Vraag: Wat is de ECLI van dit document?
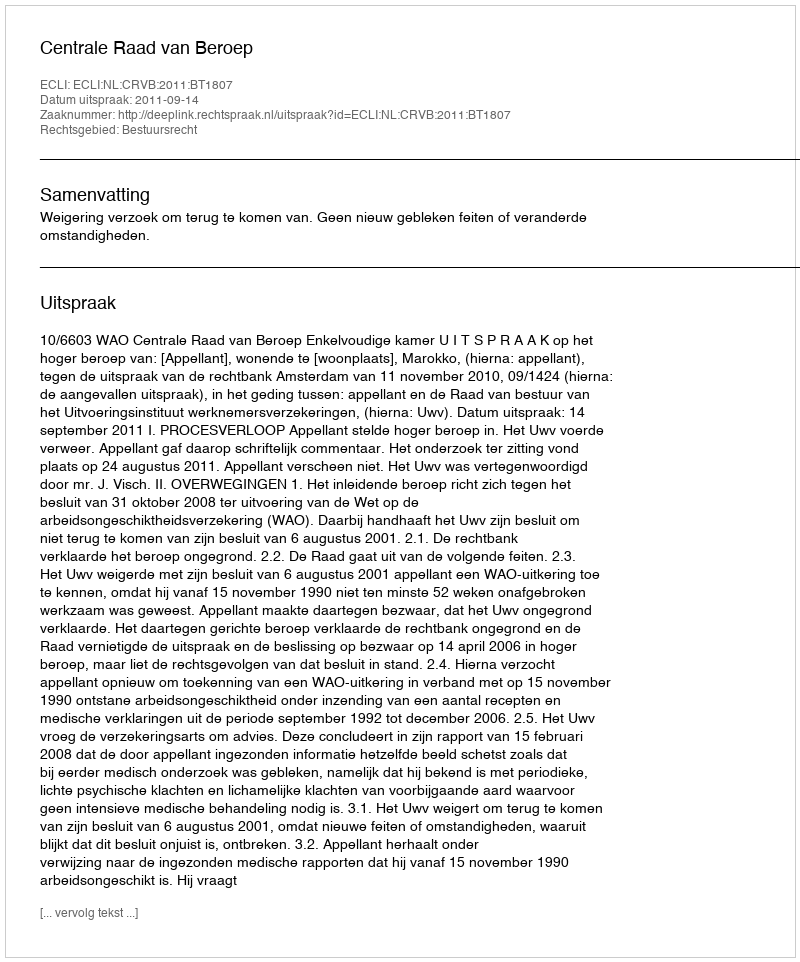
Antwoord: ECLI:NL:CRVB:2011:BT1807